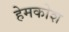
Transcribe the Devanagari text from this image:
हेमकोश